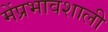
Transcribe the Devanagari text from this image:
मेंप्रभावशाली